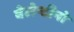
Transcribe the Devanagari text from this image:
वेलेन्टीनो